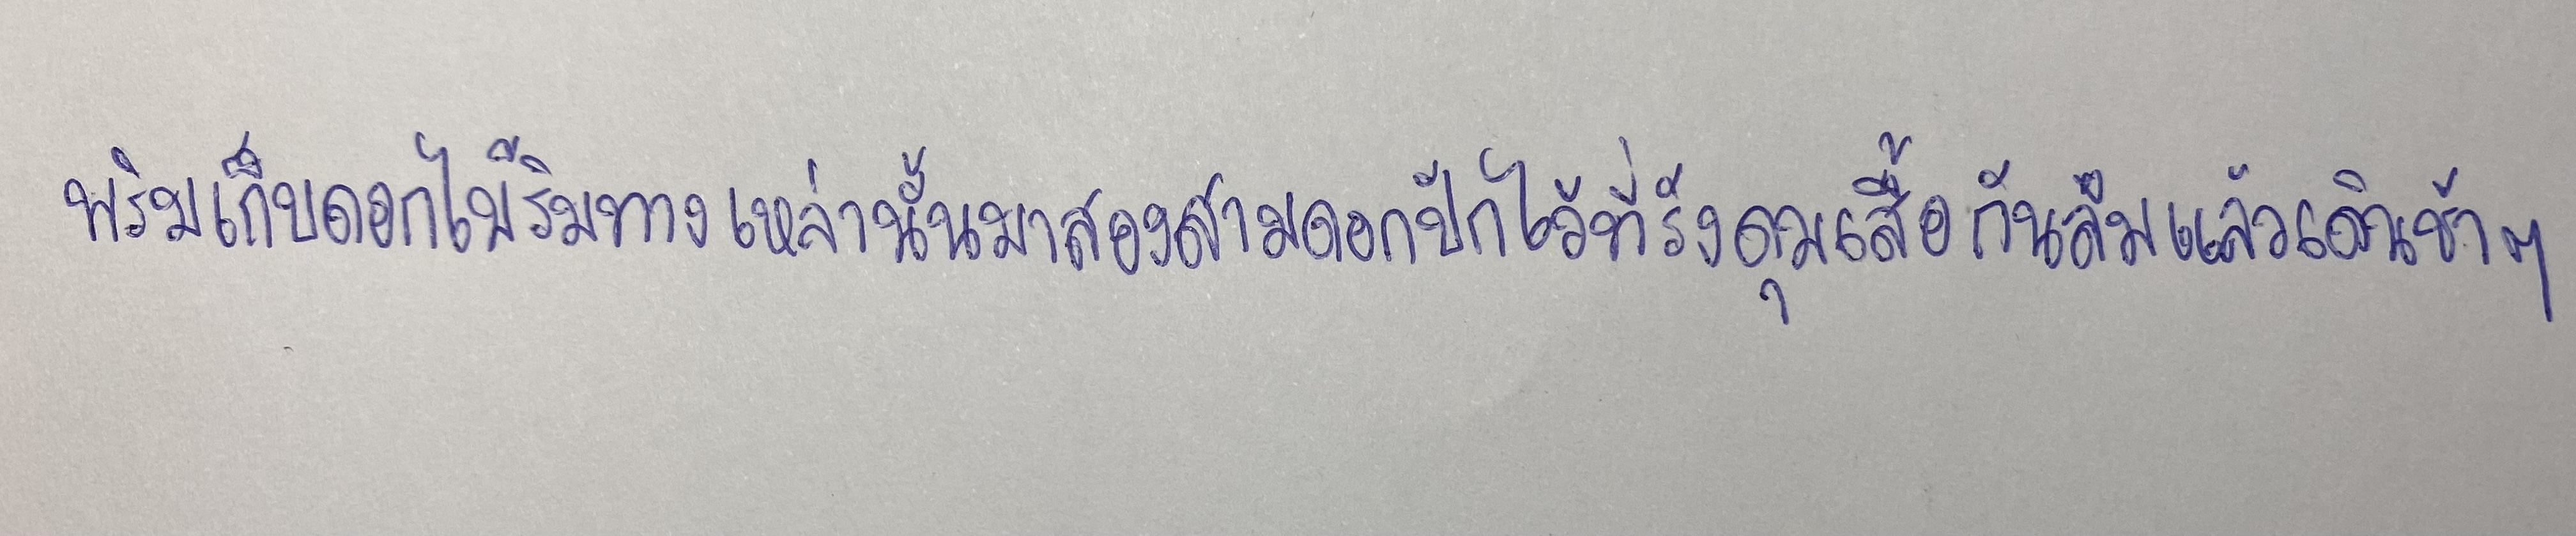
พริมเก็บดอกไม้ริมทางเหล่านั้นมาสองสามดอกปักไว้ที่รังดุมเสื้อกันลืมแล้วเดินช้าๆ